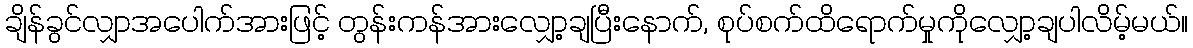
ချိန်ခွင်လျှာအပေါက်အားဖြင့် တွန်းကန်အားလျှော့ချပြီးနောက်, စုပ်စက်ထိရောက်မှုကိုလျှော့ချပါလိမ့်မယ်။